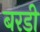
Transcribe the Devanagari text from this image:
बरडी